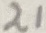
Text: 21